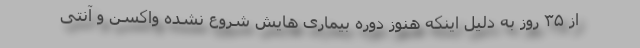
از ۳۵ روز به دلیل اینکه هنوز دوره بیماری هایش شروع نشده واکسن و آنتی